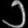
Digit: ၁